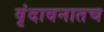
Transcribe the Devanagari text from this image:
वृंदावनातच